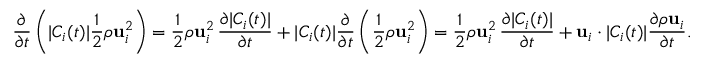
\frac { \partial } { \partial t } \left( | C _ { i } ( t ) | \frac { 1 } { 2 } \rho \mathbf { u } _ { i } ^ { 2 } \right) = \frac { 1 } { 2 } \rho \mathbf { u } _ { i } ^ { 2 } \, \frac { \partial | C _ { i } ( t ) | } { \partial t } + | C _ { i } ( t ) | \frac { \partial } { \partial t } \left( \frac { 1 } { 2 } \rho \mathbf { u } _ { i } ^ { 2 } \right) = \frac { 1 } { 2 } \rho \mathbf { u } _ { i } ^ { 2 } \, \frac { \partial | C _ { i } ( t ) | } { \partial t } + \mathbf { u } _ { i } \cdot | C _ { i } ( t ) | \frac { \partial \rho \mathbf { u } _ { i } } { \partial t } .